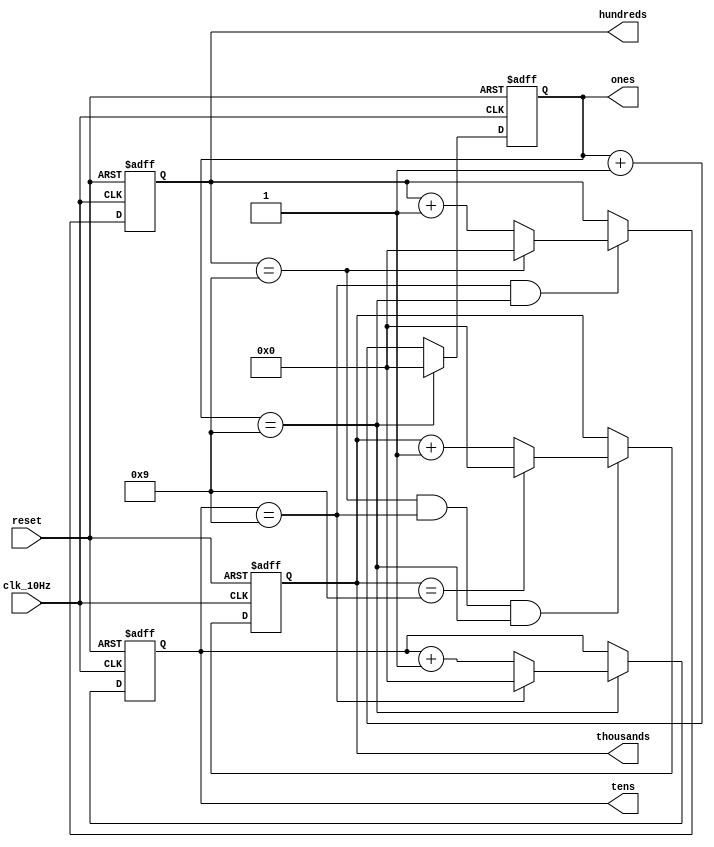
`timescale 1ns / 1ps

module digits(
    input clk_10Hz,
    input reset,
    output reg [3:0] ones,
    output reg [3:0] tens,
    output reg [3:0] hundreds,
    output reg [3:0] thousands
    );
    
    // ones reg control
    always @(posedge clk_10Hz or posedge reset)
        if(reset)
            ones <= 0;
        else
            if(ones == 9)
                ones <= 0;
            else
                ones <= ones + 1;
         
    // tens reg control       
    always @(posedge clk_10Hz or posedge reset)
        if(reset)
            tens <= 0;
        else
            if(ones == 9)
                if(tens == 9)
                    tens <= 0;
                else
                    tens <= tens + 1;
      
    // hundreds reg control              
    always @(posedge clk_10Hz or posedge reset)
        if(reset)
            hundreds <= 0;
        else
            if(tens == 9 && ones == 9)
                if(hundreds == 9)
                    hundreds <= 0;
                else
                    hundreds <= hundreds + 1;
     
    // thousands reg control                
    always @(posedge clk_10Hz or posedge reset)
        if(reset)
            thousands <= 0;
        else
            if(hundreds == 9 && tens == 9 && ones == 9)
                if(thousands == 9)
                    thousands <= 0;
                else
                    thousands <= thousands + 1;
  
endmodule